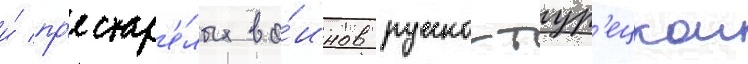
и́ пр'естар'е́лых во́инов русско-тур'ецкои